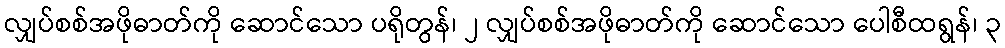
လျှပ်စစ်အဖိုဓာတ်ကို ဆောင်သော ပရိုတွန်၊ ၂ လျှပ်စစ်အဖိုဓာတ်ကို ဆောင်သော ပေါစီထရွန်၊ ၃